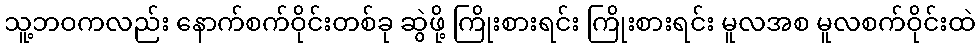
သူ့ဘဝကလည်း နောက်စက်ဝိုင်းတစ်ခု ဆွဲဖို့ ကြိုးစားရင်း ကြိုးစားရင်း မူလအစ မူလစက်ဝိုင်းထဲ